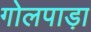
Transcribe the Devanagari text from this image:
गोलपाड़ा